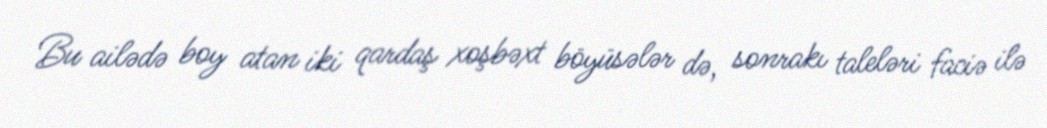
Bu ailədə boy atan iki qardaş xoşbəxt böyüsələr də, sonrakı taleləri faciə ilə